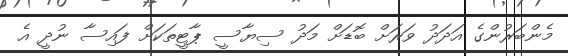
މެންބަރުންގެ އަދަދު ވަރަށް ބޮޑަށް މަދު ސިޔާސީ ޕާޓީތަކަށް ފައިސާ ނުދީ އެ